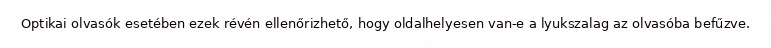
Optikai olvasók esetében ezek révén ellenőrizhető, hogy oldalhelyesen van-e a lyukszalag az olvasóba befűzve.